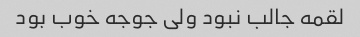
لقمه جالب نبود ولی جوجه خوب بود